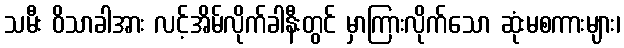
သမီး ဝိသာခါအား လင့်အိမ်လိုက်ခါနီးတွင် မှာကြားလိုက်သော ဆုံးမစကားများ၊